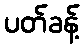
ပတ်ခန့်